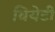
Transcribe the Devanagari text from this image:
वियेटी